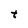
Character: t